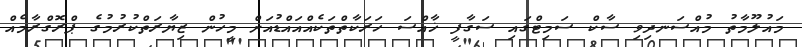
މައުލޫމާތު މުއްސަނދިވި ސާކް ސަމިޓްގައި ސަގާފީ ޚާއްސަ ހަރަކާތްތަކެއްއައްޑުއަށް މީހުން ޒިޔާރަތްްކުރުމުގެ ޕްރޮގްރާމެއް